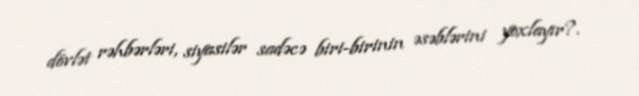
dövlət rəhbərləri, siyasilər sadəcə biri-birinin əsəblərini yoxlayır?.